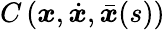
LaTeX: C\left(\boldsymbol{x},\dot{\boldsymbol{x}},\bar{\boldsymbol{x}}(s)\right)